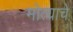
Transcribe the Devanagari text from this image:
मोत्याचे